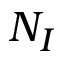
N _ { I }